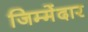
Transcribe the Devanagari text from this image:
जिम्मेंदार